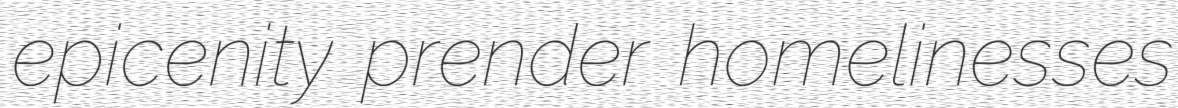
epicenity prender homelinesses